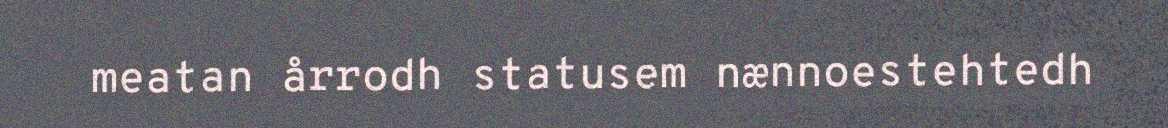
meatan årrodh statusem nænnoestehtedh